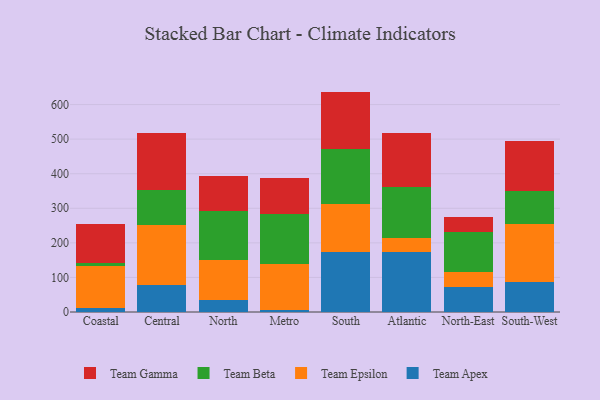
{"axis": {"x": "Region", "y": "Gross Profit (USD K)"}, "legend": ["Team Apex", "Team Beta", "Team Epsilon", "Team Gamma"], "data": [{"x": "Coastal", "y": 12.2, "type": "Team Apex"}, {"x": "Coastal", "y": 121.8, "type": "Team Epsilon"}, {"x": "Coastal", "y": 6.5, "type": "Team Beta"}, {"x": "Coastal", "y": 113.7, "type": "Team Gamma"}, {"x": "Central", "y": 77.8, "type": "Team Apex"}, {"x": "Central", "y": 173.8, "type": "Team Epsilon"}, {"x": "Central", "y": 100.8, "type": "Team Beta"}, {"x": "Central", "y": 166.2, "type": "Team Gamma"}, {"x": "North", "y": 34.1, "type": "Team Apex"}, {"x": "North", "y": 117.4, "type": "Team Epsilon"}, {"x": "North", "y": 139.4, "type": "Team Beta"}, {"x": "North", "y": 102.8, "type": "Team Gamma"}, {"x": "Metro", "y": 6.4, "type": "Team Apex"}, {"x": "Metro", "y": 131.4, "type": "Team Epsilon"}, {"x": "Metro", "y": 145.7, "type": "Team Beta"}, {"x": "Metro", "y": 105.5, "type": "Team Gamma"}, {"x": "South", "y": 172.4, "type": "Team Apex"}, {"x": "South", "y": 140.5, "type": "Team Epsilon"}, {"x": "South", "y": 158.8, "type": "Team Beta"}, {"x": "South", "y": 165.8, "type": "Team Gamma"}, {"x": "Atlantic", "y": 174.8, "type": "Team Apex"}, {"x": "Atlantic", "y": 38.1, "type": "Team Epsilon"}, {"x": "Atlantic", "y": 148.9, "type": "Team Beta"}, {"x": "Atlantic", "y": 155.5, "type": "Team Gamma"}, {"x": "North-East", "y": 71.2, "type": "Team Apex"}, {"x": "North-East", "y": 45.0, "type": "Team Epsilon"}, {"x": "North-East", "y": 113.9, "type": "Team Beta"}, {"x": "North-East", "y": 45.3, "type": "Team Gamma"}, {"x": "South-West", "y": 87.0, "type": "Team Apex"}, {"x": "South-West", "y": 167.3, "type": "Team Epsilon"}, {"x": "South-West", "y": 96.7, "type": "Team Beta"}, {"x": "South-West", "y": 143.2, "type": "Team Gamma"}]}